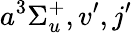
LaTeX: a^{3}\Sigma_{u}^{+},v^{\prime},j^{\prime}